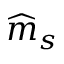
\widehat { \b { m } } _ { s }